Civil Veterinary Dept. Bombay admin report 1932-41 - 1932-1941
Year: 1932
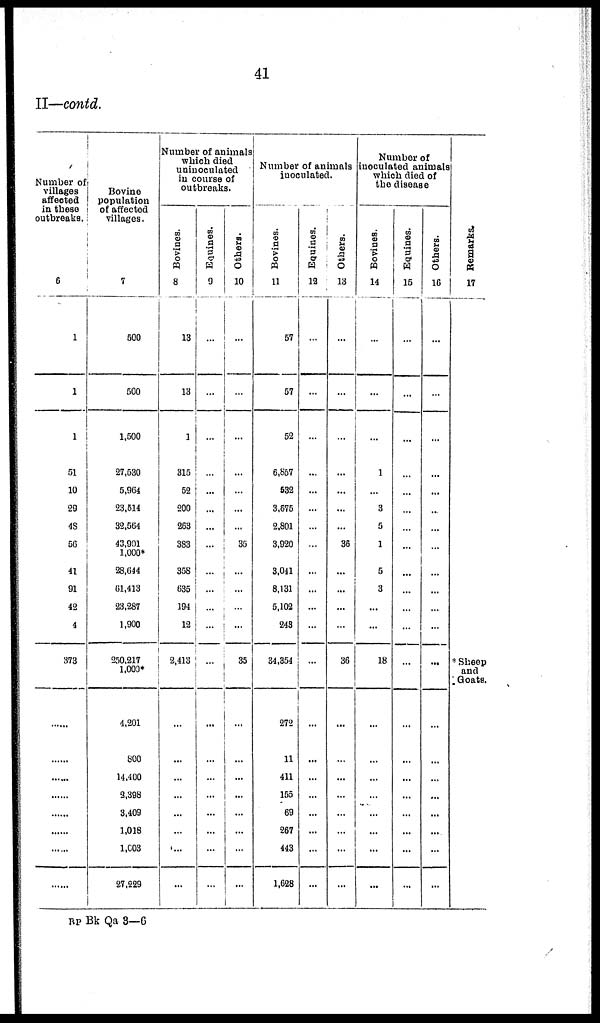
41
II—contd.
Number of
villages
affected
in these
outbreaks.
6
1
1
1
51
10
29
48
56
41
91
42
4
373
......
......
......
......
......
......
......
Bovine
population
of affected
villages.
7
500
500
1,500
27,530
5,964
23,514
32,564
43,901
1,000*
28,644
61,413
23,287
1,900
250,217
1,000*
4,201
800
14,400
2,398
3,409
1,018
1,003
27,229
Number of animals
which died
uninoculated
in course of
outbreaks.
Bovines.
8
13
13
1
315
52
200
263
383
358
635
194
12
2,413
...
...
...
...
...
...
...
...
Equines.
9
...
...
...
...
...
...
...
...
...
...
...
...
...
...
...
...
...
...
...
...
...
Others.
10
...
...
...
...
...
...
...
35
...
...
...
...
35
...
...
...
...
...
...
...
...
Number of animals
inoculated.
Bovines.
11
57
57
52
6,857
532
3,675
2,801
3,920
3,041
8,131
5,102
243
34,354
272
11
411
155
69
267
443
1,628
Equines.
12
...
...
...
...
...
...
...
...
...
...
...
...
...
...
...
...
...
...
...
...
...
Others.
13
...
...
...
...
...
...
...
36
...
...
...
...
36
...
...
...
...
...
...
...
...
Number of
inoculated animals
which died of
the disease
Bovines.
14
...
...
...
1
...
3
5
1
5
3
...
...
18
...
...
...
...
...
...
...
...
Equines.
15
...
...
...
...
...
...
...
...
...
...
...
...
...
...
...
...
...
...
...
...
...
Others.
16
...
...
...
...
...
...
...
...
...
...
...
...
...
...
...
...
...
...
...
...
...
Remarks.
17
* Sheep
and
Goats.
RP Bk Qa 3—6